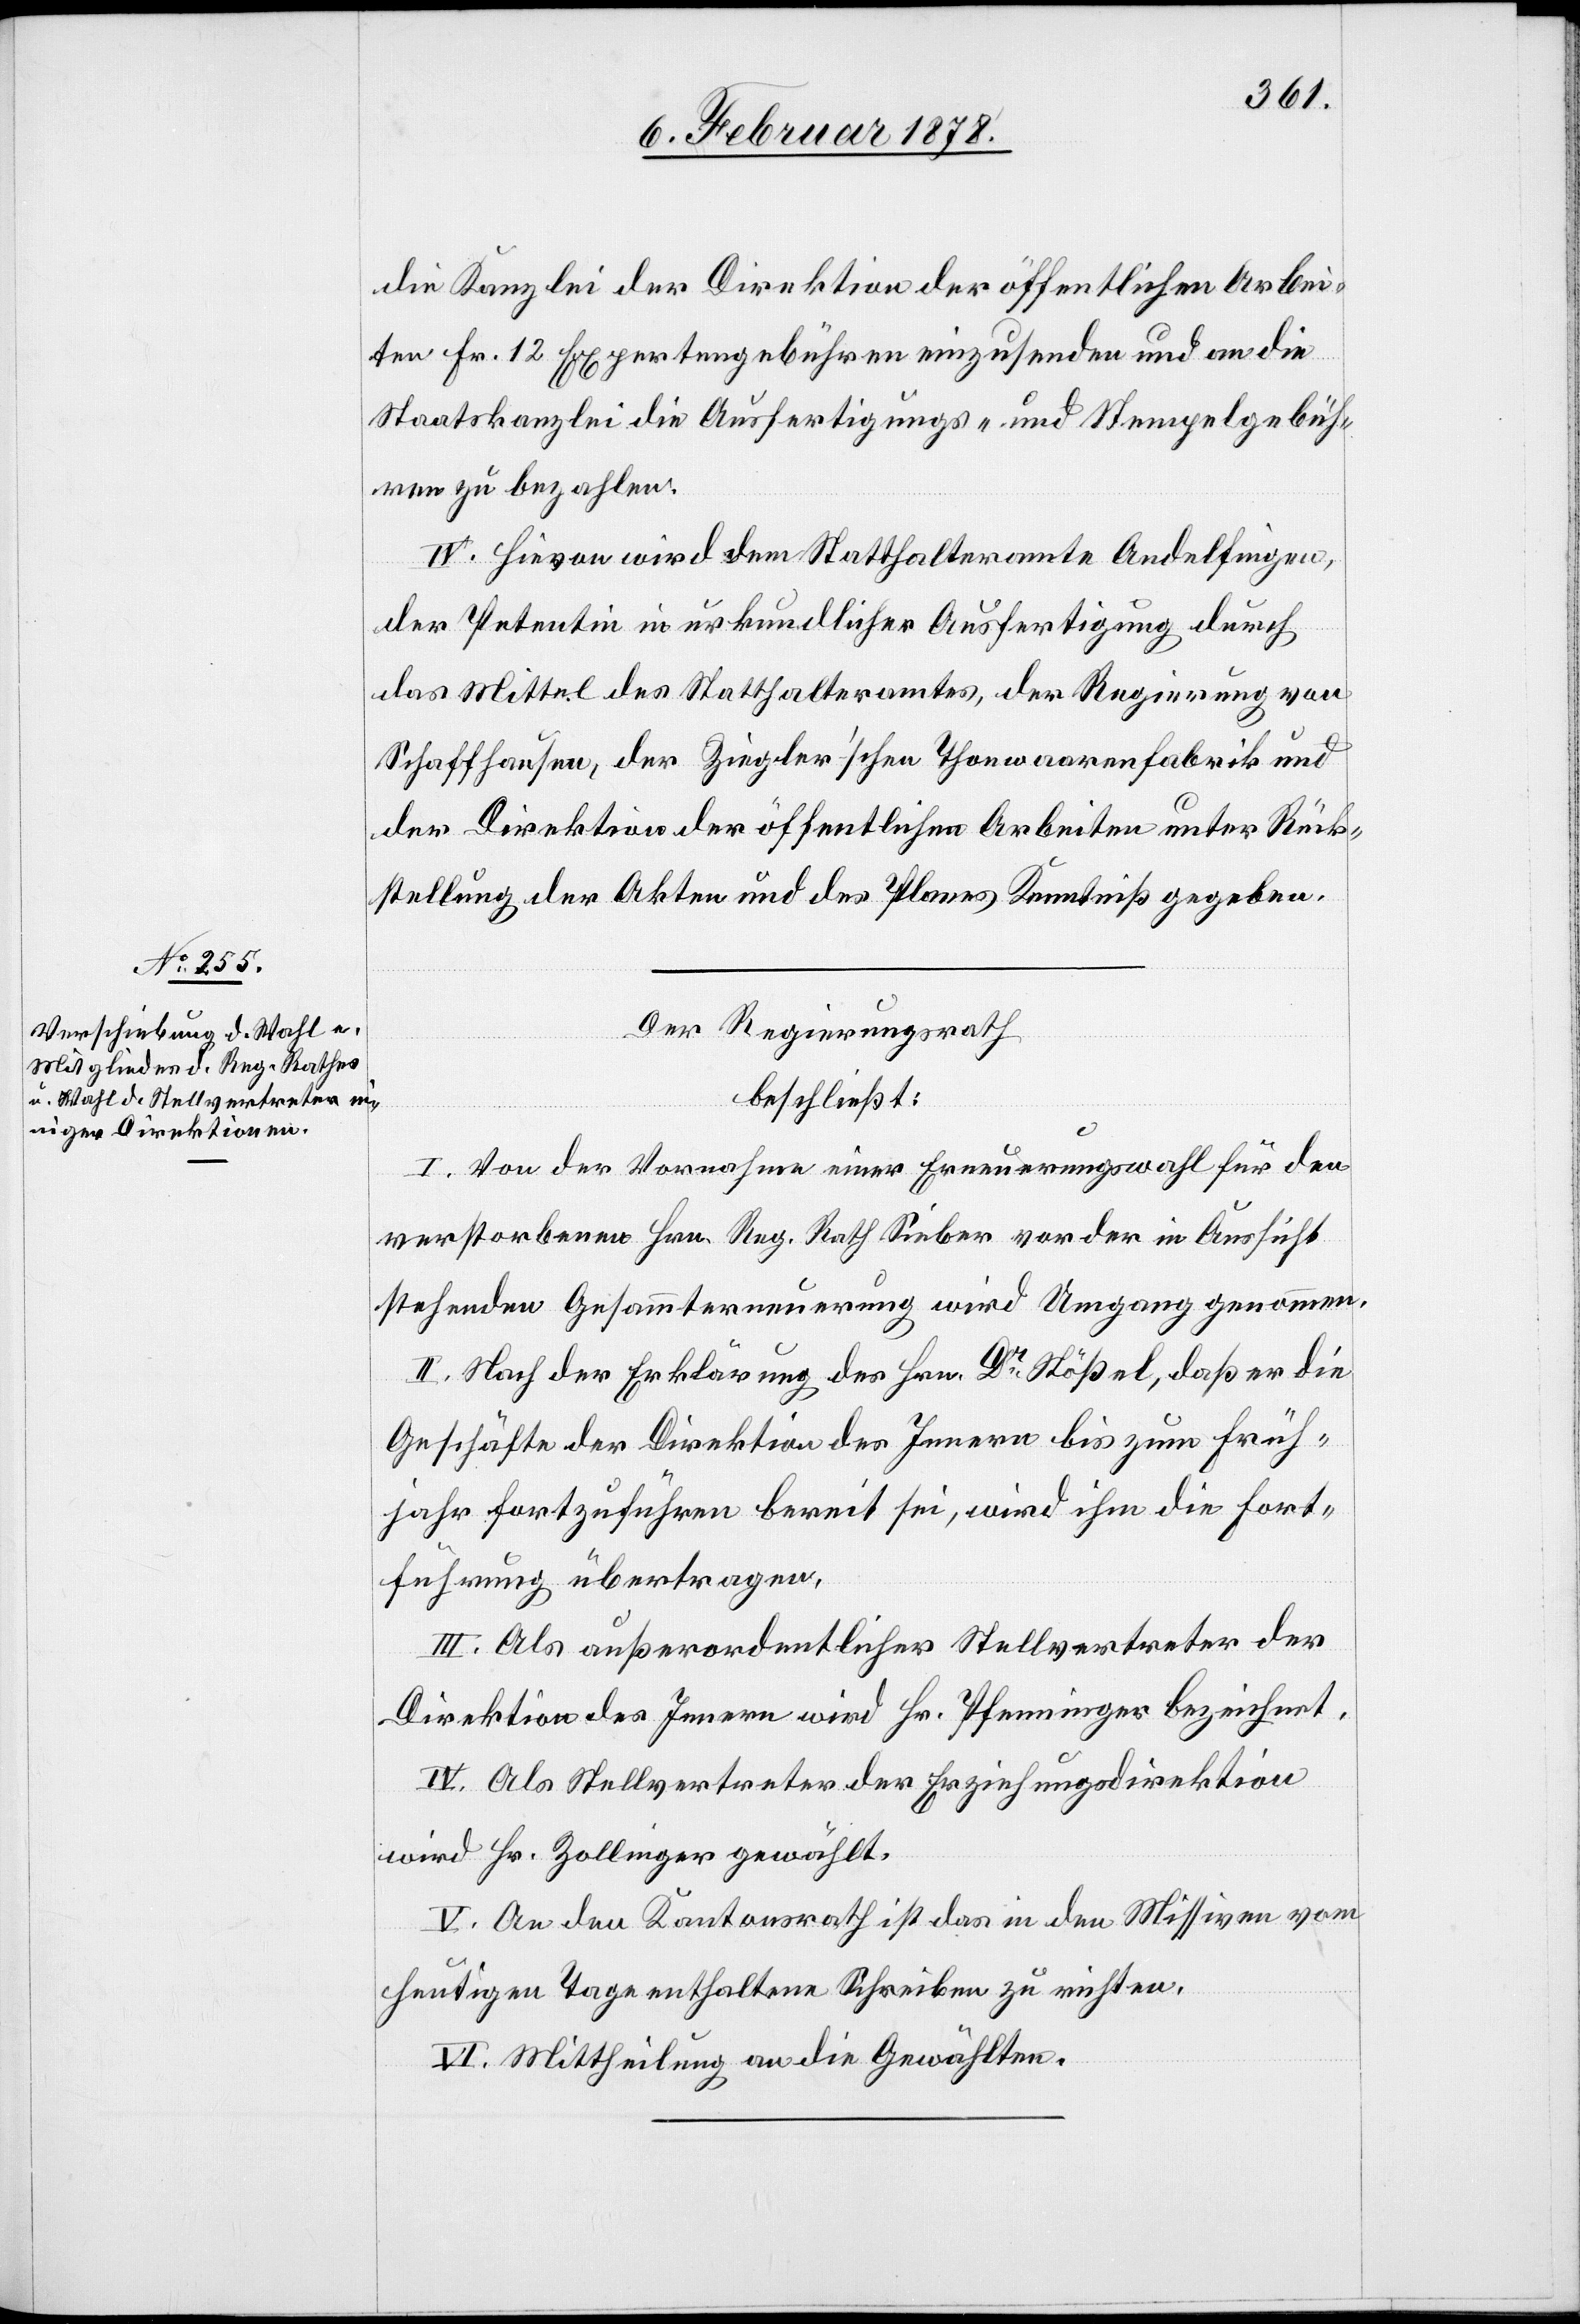
die Kanzlei der Direktion der öffentlichen Arbei¬
ten Fr. 12 Expertengebühren einzusenden und an die
Staatskanzlei die Ausfertigungs- und Stempelgebüh¬
ren zu bezahlen.
IV. Hievon wird dem Statthalteramte Andelfingen,
der Petentin in urkundlicher Ausfertigung durch
das Mittel des Statthalteramtes, der Regierung von
Schaffhausen, der Ziegler’schen Thonwaarenfabrik und
der Direktion der öffentlichen Arbeiten unter Rück¬
stellung der Akten und des Planes Kenntniß gegeben.
Der Regierungsrath
beschließt:
I. Von der Vornahme einer Erneuerungswahl für den
verstorbenen Hrn. Reg. Rath Sieber vor der in Aussicht
stehenden Gesammterneuerung wird Umgang genommen.
II. Nach der Erklärung des Hrn. Dr Stößel, daß er die
Geschäfte der Direktion des Innern bis zum Früh¬
jahr fortzuführen bereit sei, wird ihm die Fort¬
führung übertragen.
III. Als außerordentlicher Stellvertreter der
Direktion des Innern wird Hr. Pfenninger bezeichnet.
IV. Als Stellvertreter der Erziehungsdirektion
wird Hr. Zollinger gewählt.
V. An den Kantonsrath ist das in den Missiven vom
heutigen Tage enthaltene Schreiben zu richten.
VI. Mittheilung an die Gewählten.